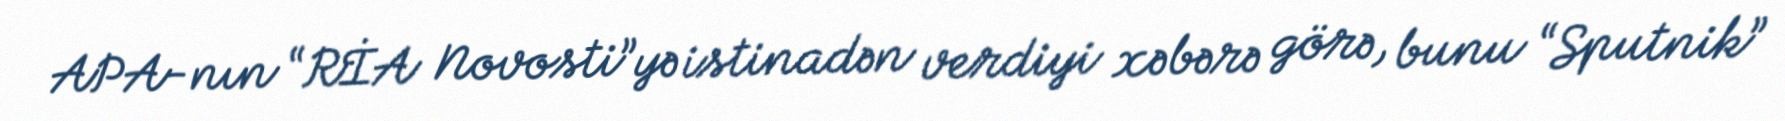
APA-nın “RİA Novosti”yə istinadən verdiyi xəbərə görə, bunu “Sputnik”